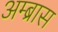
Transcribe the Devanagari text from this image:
अम्ब्रास